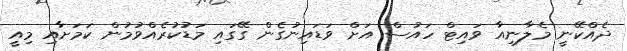
ދެއްކޭނީ މެލާނިއާ ވައިޓް ހައުސް އަށް ވަޑައިނުގެން ގޭގައި މަޑުކުރެއްވުމުން ކަމަށާއި މިއީ